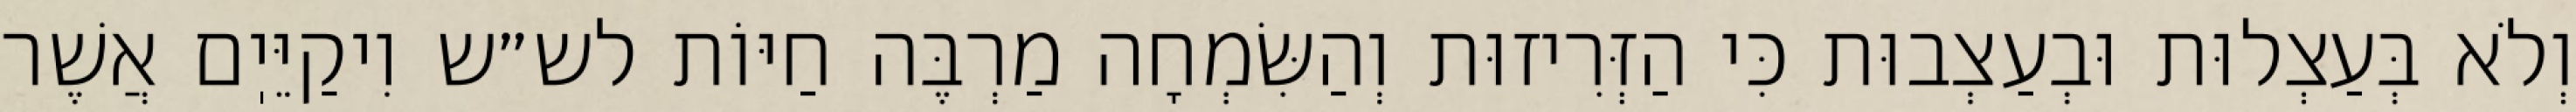
וְלֹא בְּעַצְלוּת וּבְעַצְבוּת כִּי הַזְּרִיזוּת וְהַשִּׂמְחָה מַרְבֶּה חַיּוֹת לש״ש וִיקַיֵּיֽם אֲשֶׁר